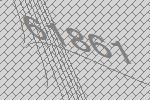
61861